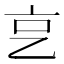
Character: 㐔